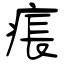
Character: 痮